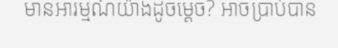
មានអារម្មណ៍យ៉ាងដូចម្តេច? អាចប្រាប់បាន